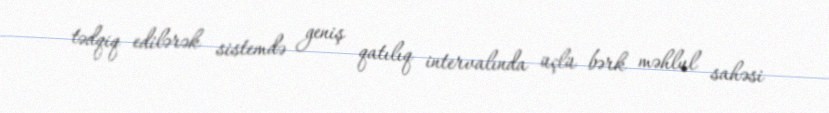
tədqiq edilərək sistemdə geniş qatılıq intervalında üçlü bərk məhlul sahəsi